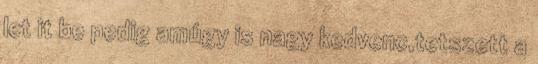
let it be pedig amúgy is nagy kedvenc,tetszett a